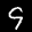
Label: 9